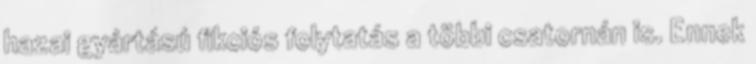
hazai gyártású fikciós folytatás a többi csatornán is. Ennek